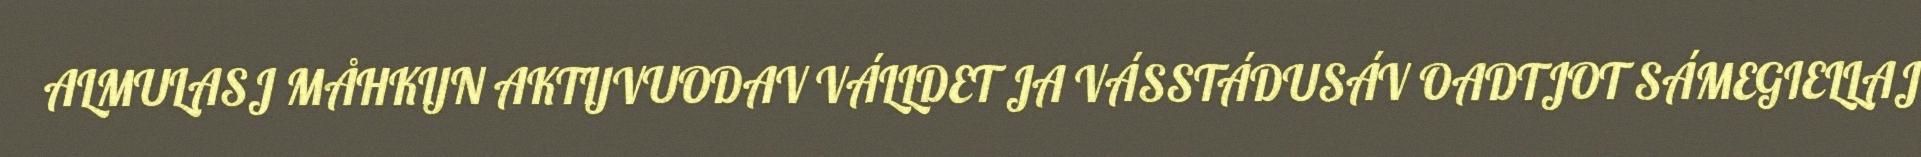
ALMULASJ MÅHKIJN AKTIJVUODAV VÁLLDET JA VÁSSTÁDUSÁV OADTJOT SÁMEGIELLAJ